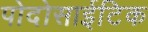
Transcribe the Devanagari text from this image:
पोदोसाईटिक